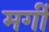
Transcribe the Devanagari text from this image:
मर्गी